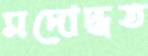
মদোদ্ধত